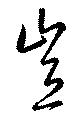
豈